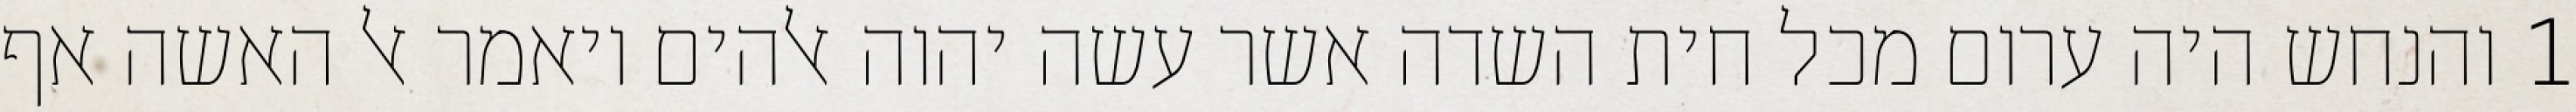
1 והנחש היה ערום מכל חית השדה אשר עשה יהוה אלהים ויאמר אל האשה אף